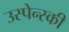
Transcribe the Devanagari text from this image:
उस्पेन्स्की